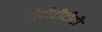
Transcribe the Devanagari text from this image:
टीटीटीटीटी